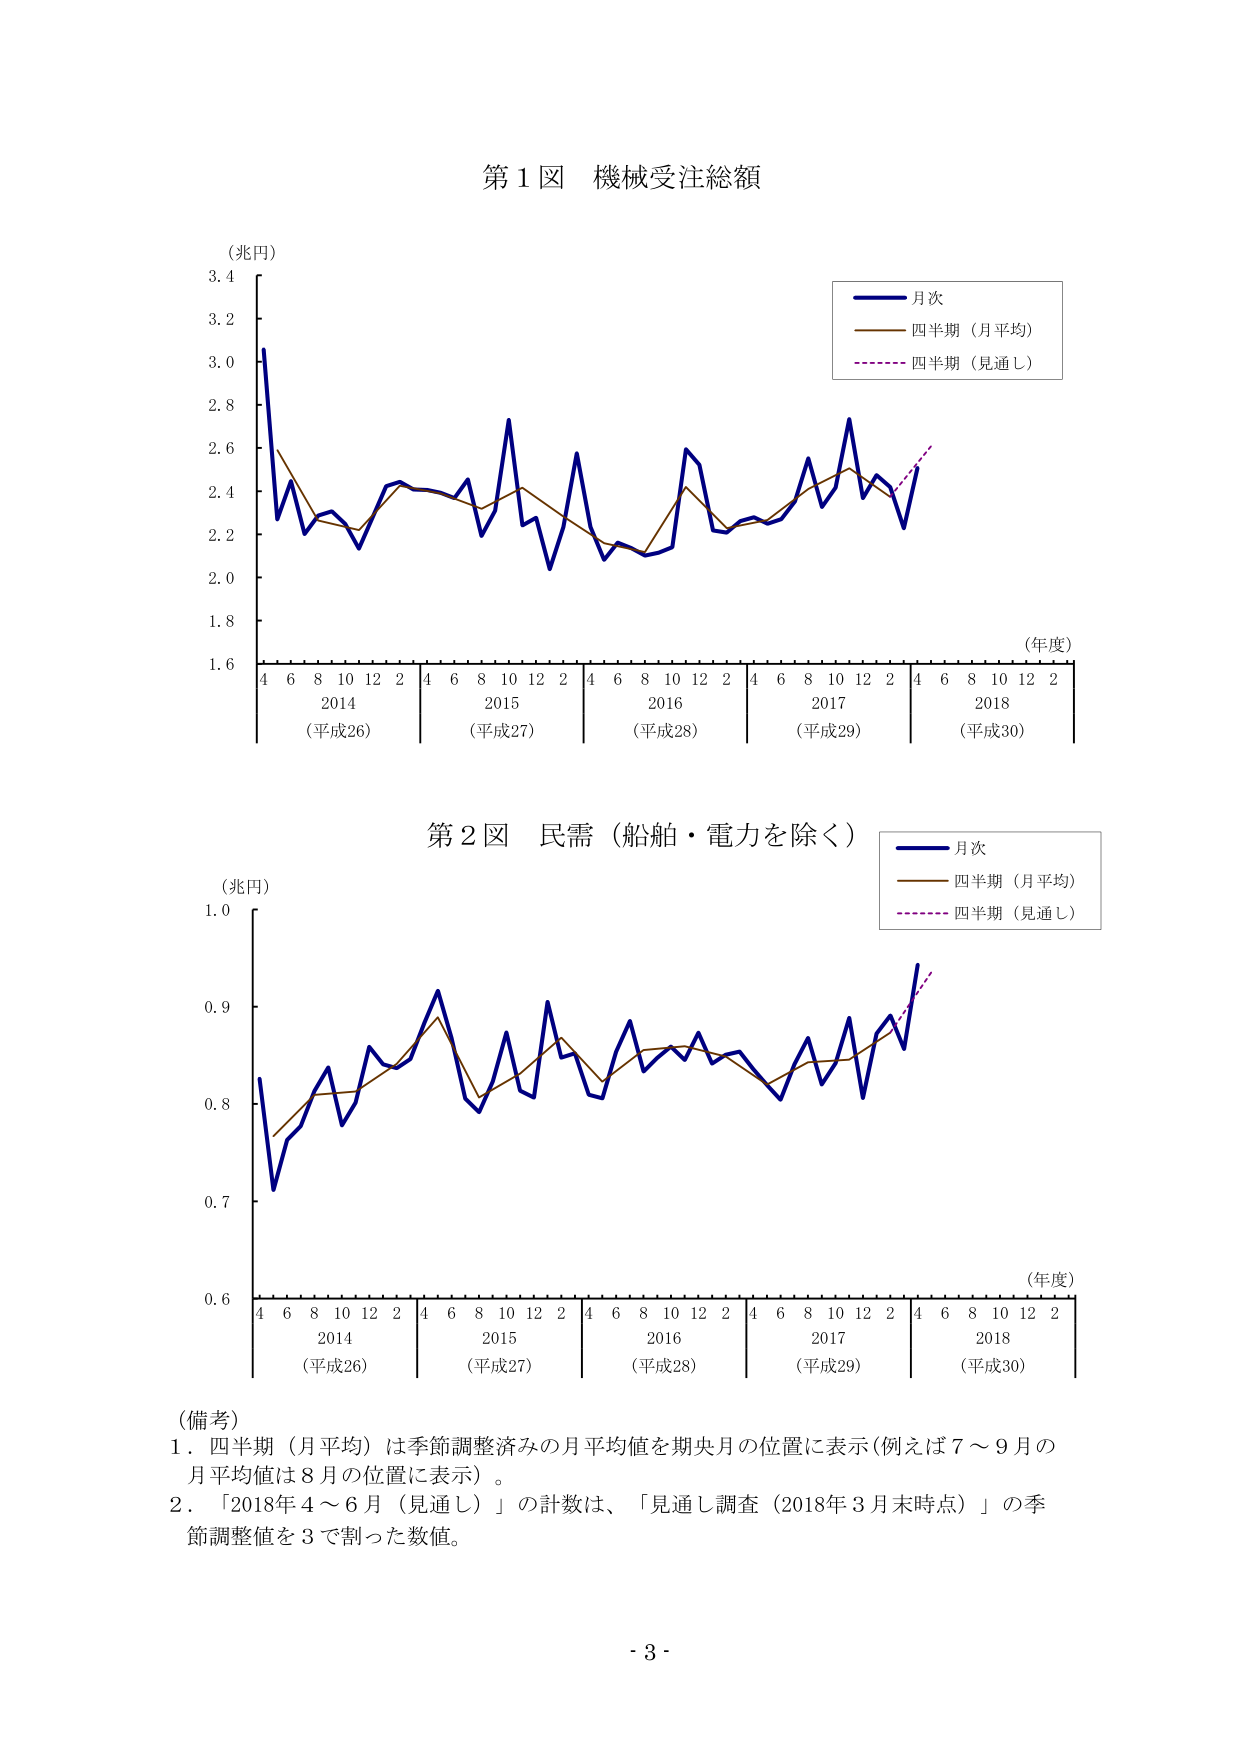
第１図 機械受注総額

（兆円）
3.4
3.2
3.0
2.8
2.6
2.4
2.2
2.0
1.8
1.6

（年度）
4 6 8 10 12 2 4 6 8 10 12 2 4 6 8 10 12 2 4 6 8 10 12 2 4 6 8 10 12 2
2014 2015 2016 2017 2018
（平成26）（平成27）（平成28）（平成29）（平成30）

■ 月次
■ 四半期（月平均）
■ 四半期（見通し）

第２図 民需（船舶・電力を除く）

（兆円）
1.0
0.9
0.8
0.7
0.6

（年度）
4 6 8 10 12 2 4 6 8 10 12 2 4 6 8 10 12 2 4 6 8 10 12 2 4 6 8 10 12 2
2014 2015 2016 2017 2018
（平成26）（平成27）（平成28）（平成29）（平成30）

■ 月次
■ 四半期（月平均）
■ 四半期（見通し）

（備考）
１．四半期（月平均）は季節調整済みの月平均値を期央月の位置に表示（例えば７～９月の
　月平均値は８月の位置に表示）。
２．「2018年４～６月（見通し）」の計数は、「見通し調査（2018年３月末時点）」の季
　節調整値を３で割った数値。

- 3 -